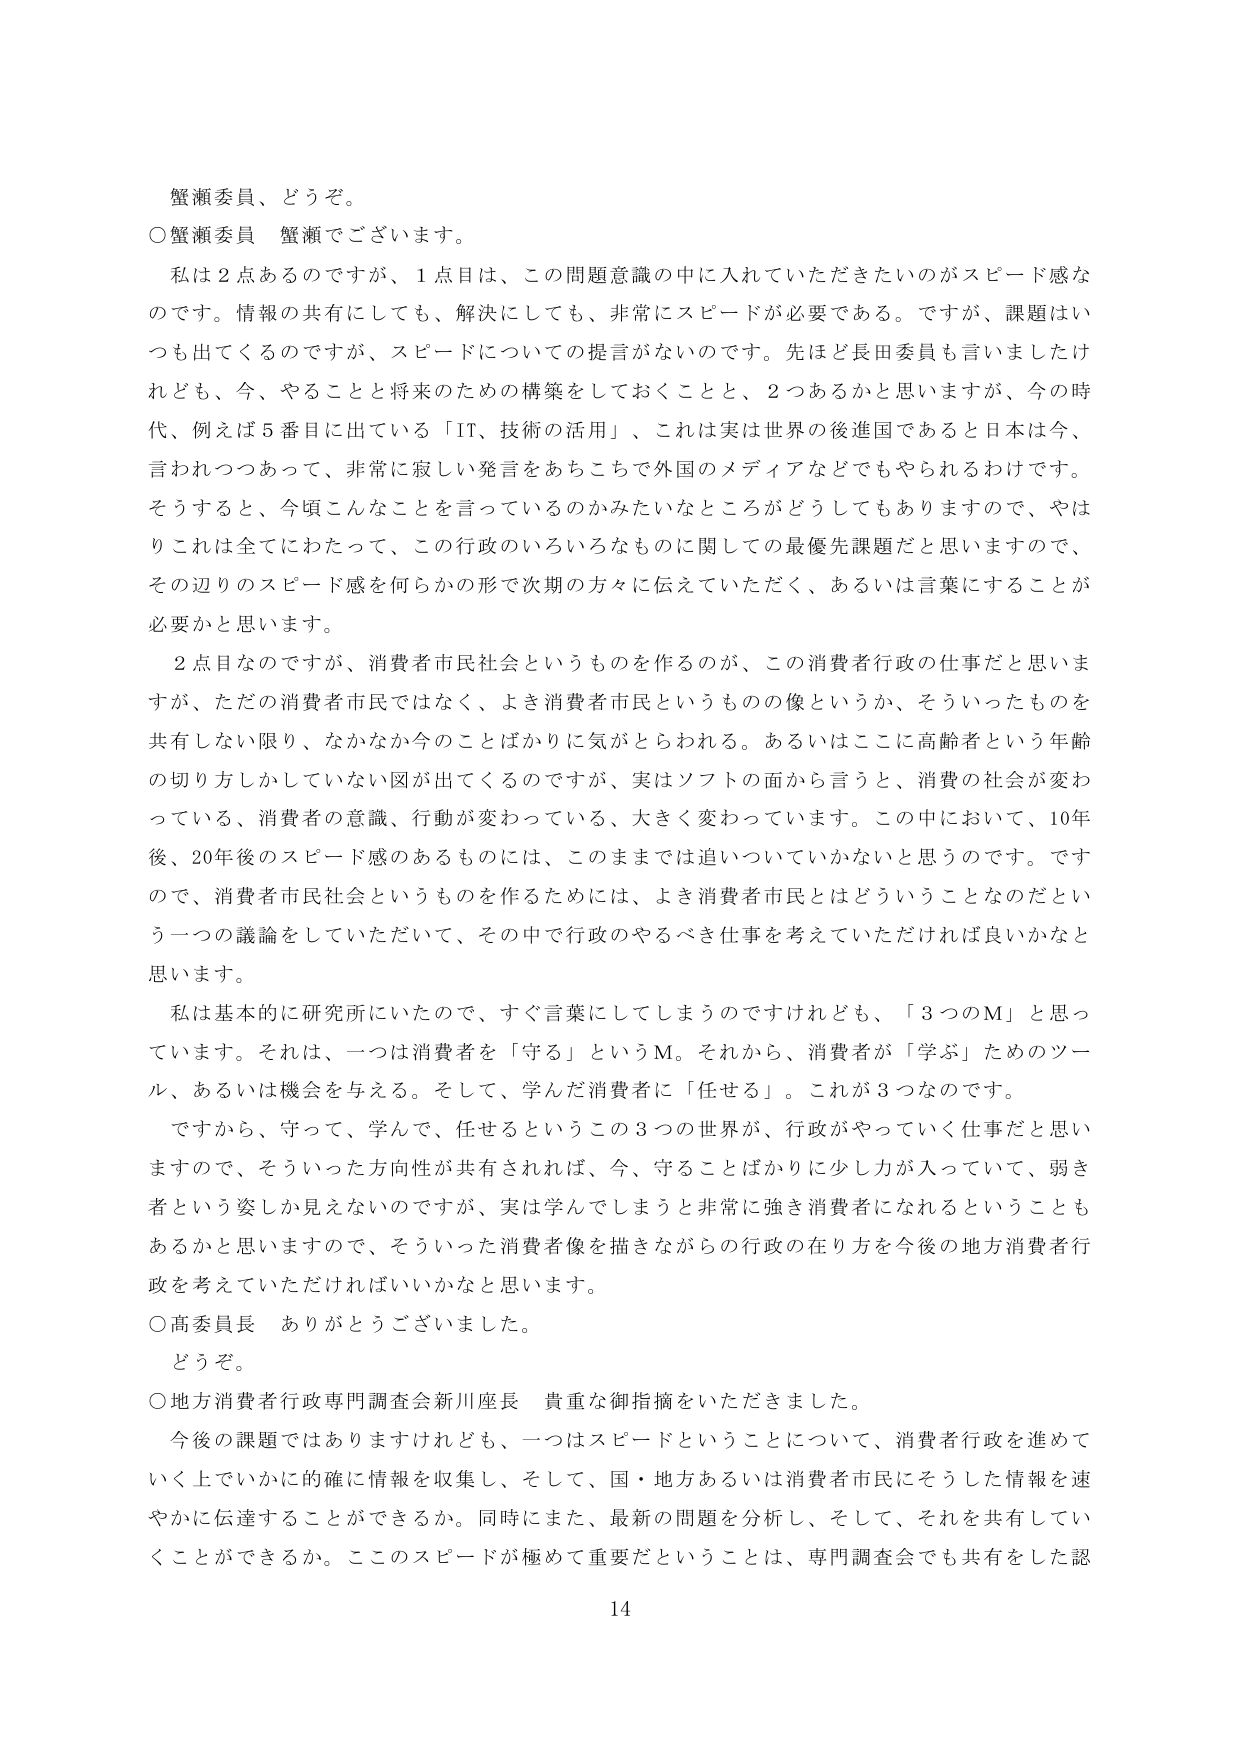
蟹瀬委員、どうぞ。

○蟹瀬委員　蟹瀬でございます。

私は２点あるのですが、１点目は、この問題意識の中に入れていただきたいのがスピード感なのです。情報の共有にしても、解決にしても、非常にスピードが必要である。ですが、課題はいつも出てくるのですが、スピードについての提言がないのです。先ほど長田委員も言いましたけれども、今、やることと将来のための構築をしておくことと、２つあるかと思いますが、今の時代、例えば５番目に出てる「IT、技術の活用」、これは実は世界の後進国であると日本は今、言われつつあって、非常に寂しい発言をあちこちで外国のメディアなどでもやられるわけです。そうすると、今頃こんなことを言っているのかみたいなところがどうしてもありますので、やはりこれは全てにわたって、この行政のいろいろなものに関しての最優先課題だと思いますので、その辺りのスピード感を何らかの形で次期の方々に伝えていただく、あるいは言葉にすることが必要かと思います。

２点目なのですが、消費者市民社会というものを作るのが、この消費者行政の仕事だと思いますが、ただの消費者市民ではなく、よき消費者市民というものの像というか、そういったものを共有しない限り、なかなか今のことばかりに気がとらわれる。あるいはここに高齢者という年齢の切り方しかしていない図が出てくるのですが、実はソフトの面から言うと、消費の社会が変わっている、消費者の意識、行動が変わっている、大きく変わっています。この中において、10年後、20年後のスピード感のあるものには、このままでは追いついていかないと思うのです。ですので、消費者市民社会というものを作るためには、よき消費者市民とはどういうことなのだという一つの議論をしていただいて、その中で行政のやるべき仕事を考えていただければ良いかなと思います。

私は基本的に研究所にいたので、すぐ言葉にしてしまうのですけれども、「３つのM」と思っています。それは、一つは消費者を「守る」というM。それから、消費者が「学ぶ」ためのツール、あるいは機会を与える。そして、学んだ消費者に「任せる」。これが３つなのです。

ですから、守って、学んで、任せるというこの３つの世界が、行政がやっていく仕事だと思いますので、そういった方向性が共有されれば、今、守ることはばかりに少し力が入っていて、弱き者という姿しか見えないのですが、実は学んでしまうと非常に強き消費者になれるということもあるかと思いますので、そういった消費者像を描きながらの行政の在り方を今後の地方消費者行政を考えていただければいいかなと思います。

○高委員長　ありがとうございました。

どうぞ。

○地方消費者行政専門調査会新川座長　貴重な御指摘をいただきました。

今後の課題ではありますけれども、一つはスピードということについて、消費者行政を進めていく上でいかに的確に情報を収集し、そして、国・地方あるいは消費者市民にそうした情報を速やかに伝達することができるか。同時にまた、最新の問題を分析し、そして、それを共有していくことができるか。ここのスピードが極めて重要だということは、専門調査会でも共有をした認

14